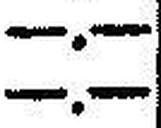
—.—